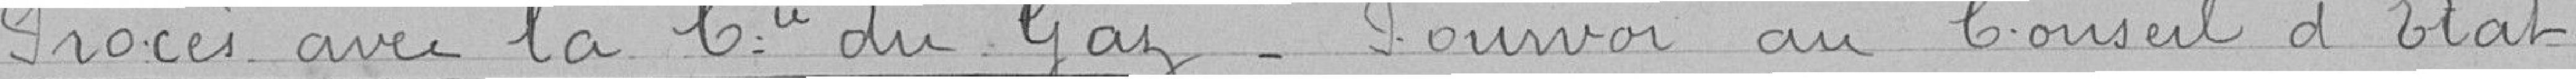
Procès avec la Compagnie du Gaz_ Pourvoi au Conseil d'Etat